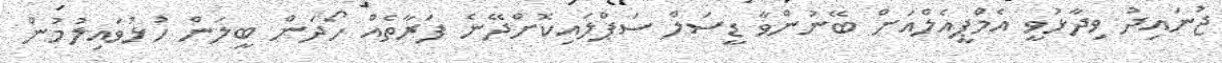
ޖުނައިދު ވިދާޅުވީ އެމްޕީއެލްއަށް ބޭނުންވާ ޑީސަލް ސަޕްލައިކޮށްދޭނެ ފަރާތެއް ހޯދަން ބީލަން ހުޅުވައިލުމުން